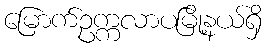
မြောက်ဥက္ကလာပမြို့နယ်ရှိ